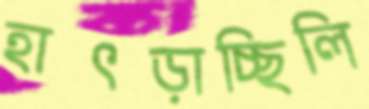
হাৎড়াচ্ছিলি